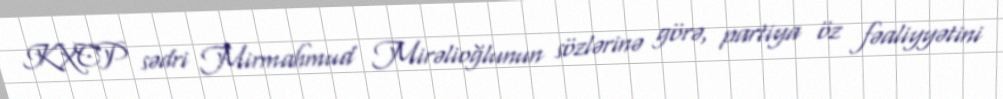
KXCP sədri Mirmahmud Mirəlioğlunun sözlərinə görə, partiya öz fəaliyyətini